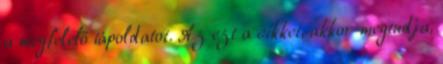
a megfelelő tápoldatot. Az ezt a cikket, akkor megtudja,